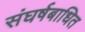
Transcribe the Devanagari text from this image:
संघर्षबाधित